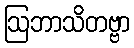
ဩဘာသိတဗ္ဗာ